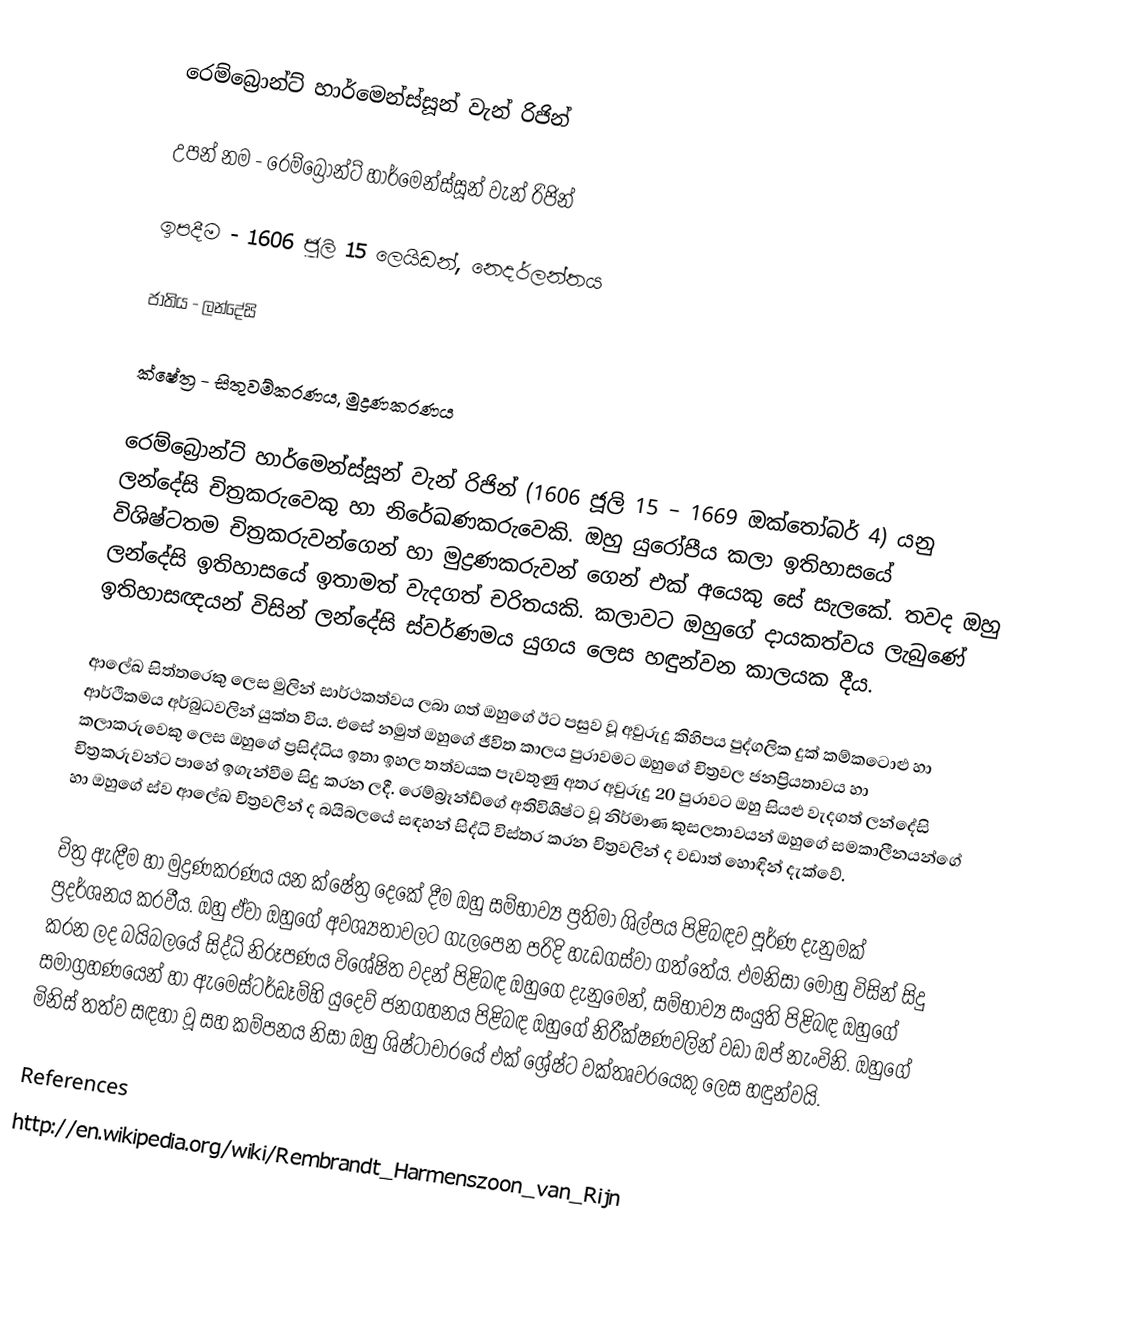
රෙම්බ්‍රොන්ට් හාර්මෙන්ස්සූන් වැන් රිජින්

උපන් නම 	-	රෙම්බ්‍රොන්ට් හාර්මෙන්ස්සූන් වැන් රිජින්

ඉපදීම		-	1606 ජූලි 15 ලෙයිඩන්, නෙදර්ලන්තය

ජාතිය		-	ලන්දේසි

ක්ෂේත්‍ර		-	සිතුවම්කරණය, මුද්‍රණකරණය

රෙම්බ්‍රොන්ට් හාර්මෙන්ස්සූන් වැන් රිජින් (1606 ජූලි 15 – 1669 ඔක්තෝබර් 4) යනු ලන්දේසි චිත්‍රකරුවෙකු හා නිරේඛණකරුවෙකි. ඔහු යුරෝපීය කලා ඉතිහාසයේ විශිෂ්ටතම චිත්‍රකරුවන්ගෙන් හා මුද්‍රණකරුවන් ගෙන් එක් අයෙකු සේ සැලකේ. තවද ඔහු ලන්දේසි ඉතිහාසයේ ඉතාමත් වැදගත් චරිතයකි. කලාවට ඔහුගේ දායකත්වය ලැබුණේ ඉතිහාසඥයන් විසින් ලන්දේසි ස්වර්ණමය යුගය ලෙස හඳුන්වන කාලයක දීය.

ආලේඛ සිත්තරෙකු ලෙස මුලින් සාර්ථකත්වය ලබා ගත් ඔහුගේ ඊට පසුව වූ අවුරුදු කිහිපය පුද්ගලික දුක් කම්කටොළු හා ආර්ථිකමය අර්බුධවලින් යුක්ත විය. එසේ නමුත් ඔහුගේ ජීවිත කාලය පුරාවමට ඔහුගේ චිත්‍රවල ජනප්‍රියතාවය හා කලාකරුවෙකු ලෙස ඔහුගේ ප්‍රසිද්ධිය ඉතා ඉහල තත්වයක පැවතුණු අතර අවුරුදු 20 පුරාවට ඔහු සියළු වැදගත් ලන්දේසි චිත්‍රකරුවන්ට පාහේ ඉගැන්වීම සිදු කරන ලදී. රෙම්බ්‍රෑන්ඩ්ගේ අතිවිශිෂ්ට වූ නිර්මාණ කුසලතාවයන් ඔහුගේ සමකාලීනයන්ගේ හා ඔහුගේ ස්ව ආලේඛ චිත්‍රවලින් ද බයිබලයේ සඳහන් සිද්ධි විස්තර කරන චිත්‍රවලින් ද වඩාත් හොඳින් දැක්වේ.

චිත්‍ර ඇඳීම හා මුද්‍රණකරණය යන ක්ෂේත්‍ර දෙකේ දීම ඔහු සම්භාව්‍ය ප්‍රතිමා ශිල්පය පිළිබඳව පූර්ණ දැනුමක් ප්‍රදර්ශනය කරවීය. ඔහු ඒවා ඔහුගේ අවශ්‍යතාවලට ගැලපෙන පරිදි හැඩගස්වා ගත්තේය. එමනිසා මොහු විසින් සිදු කරන ලද බයිබලයේ සිද්ධි නිරූපණය විශේෂිත වදන් පිළිබඳ ඔහුගෙ දැනුමෙන්, සම්භාව්‍ය සංයුති පිළිබඳ ඔහුගේ සමාග්‍රහණයෙන් හා ඇමෙස්ටර්ඩෑම්හි යුදෙව් ජනගහනය පිළිබඳ ඔහුගේ නිරීක්ෂණවලින් වඩා ඔප් නැංවිනි. ඔහුගේ මිනිස් තත්ව සඳහා වූ සහ කම්පනය නිසා ඔහු ශිෂ්ටාචාරයේ එක් ශ්‍රේෂ්ට වක්තෘවරයෙකු ලෙස හඳුන්වයි‍.

References
http://en.wikipedia.org/wiki/Rembrandt_Harmenszoon_van_Rijn